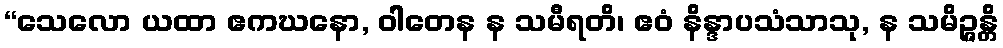
“သေလော ယထာ ဧကဃနော, ဝါတေန န သမီရတိ၊ ဧဝံ နိန္ဒာပသံသာသု, န သမိဉ္ဇန္တိ